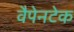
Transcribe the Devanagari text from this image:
वैपेनटेक